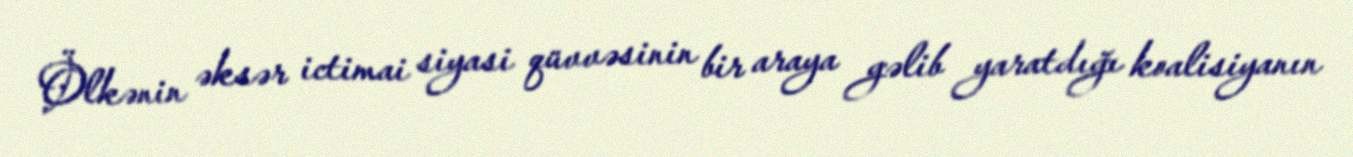
Ölkənin əksər ictimai siyasi qüvvəsinin bir araya gəlib yaratdığı koalisiyanın